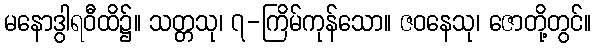
မနောဒွါရဝီထိ၌။ သတ္တသု၊ ၇-ကြိမ်ကုန်သော။ ဇဝနေသု၊ ဇောတို့တွင်။